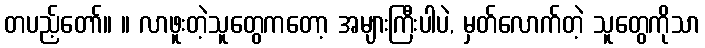
တပည့်တော်။ ။ လာဖူးတဲ့သူတွေကတော့ အများကြီးပါပဲ, မှတ်လောက်တဲ့ သူတွေကိုသာ